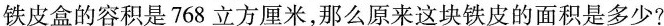
铁皮盒的容积是768立方厘米，那么原来这块铁皮的面积是多少?